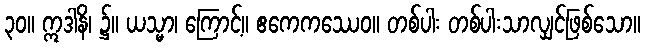
၃၀။ ဣဒါနိ၊ ၌။ ယသ္မာ၊ ကြောင့်။ ဧကေကဿေဝ။ တစ်ပါး တစ်ပါးသာလျှင်ဖြစ်သော။